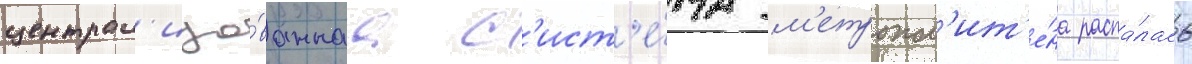
централ'изо́ваннаа с'ист'е́ма м'етропол'ит'е́на распа́лась